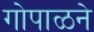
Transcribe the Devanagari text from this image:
गोपाळने